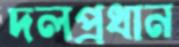
দলপ্রধান